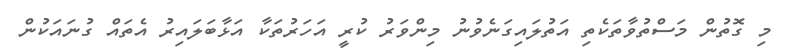
މި ގޮތުން މަސްތުވާތަކެތި އަތުލައިގަނެވުނު މިންވަރު ކުރީ އަހަރުތަކާ އަޅާބަލައިރު އެތައް ގުނައަކުން